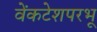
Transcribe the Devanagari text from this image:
वेंकटेशपरभू